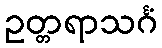
ဥတ္တရာသင်္ဂံ